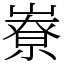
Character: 嶚